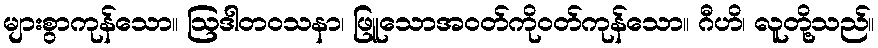
များစွာကုန်သော။ ဩဒါတဝသနာ၊ ဖြူသောအဝတ်ကိုဝတ်ကုန်သော။ ဂီဟိ၊ လူတို့သည်။